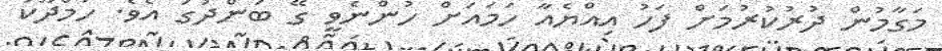
މަގާމުން ދުރުކުރުމަށް ފަހު އިއްޔެއާ ހަމައަށް ހުންނެވީ ގޭ ބަންދުގަ އެވެ. ހަމްދޫކު